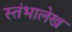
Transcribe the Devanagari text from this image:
स्‍तंभालेख